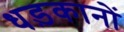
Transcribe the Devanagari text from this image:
धड़कानों